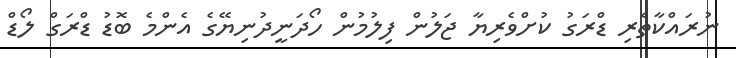
ނުރައްކާތެރި ޑްރަގު ކުށްވެރިޔާ ޖަލުން ފިލުމުން ހޯދަނީދުނިޔޭގެ އެންމެ ބޮޑު ޑްރަގް ލޯޑް